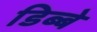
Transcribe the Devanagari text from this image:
डिब्बे